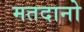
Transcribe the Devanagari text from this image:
मतदानो